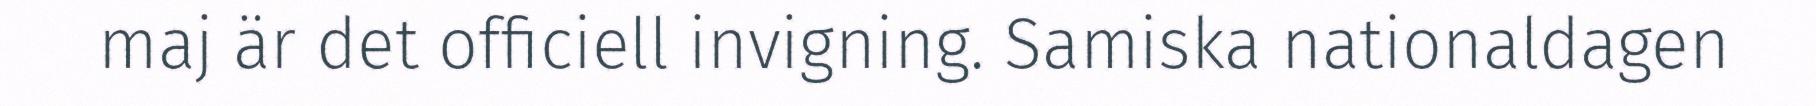
maj är det officiell invigning. Samiska nationaldagen